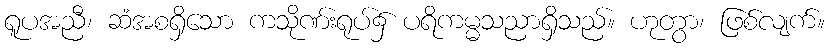
ရူပအညီ၊ ဆံအစရှိသော ကသိုဏ်းရုပ်၌ ပရိကမ္မသညာရှိသည်။ ဟုတွာ၊ ဖြစ်လျက်။